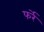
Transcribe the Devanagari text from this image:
फर्रे